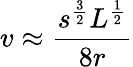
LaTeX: v\approx{\frac{s^{\frac{3}{2}}L^{\frac{1}{2}}}{8r}}